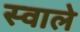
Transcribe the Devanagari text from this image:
स्वाले